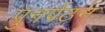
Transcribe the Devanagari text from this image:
पुनर्पठन